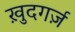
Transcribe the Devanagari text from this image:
ख़ुदगर्ज़